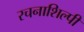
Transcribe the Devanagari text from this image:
रचनाशिल्पी